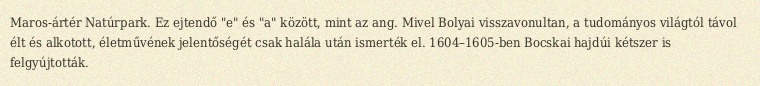
Maros-ártér Natúrpark. Ez ejtendő "e" és "a" között, mint az ang. Mivel Bolyai visszavonultan, a tudományos világtól távol élt és alkotott, életművének jelentőségét csak halála után ismerték el. 1604–1605-ben Bocskai hajdúi kétszer is felgyújtották.